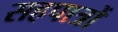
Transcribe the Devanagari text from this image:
सहपात्रों